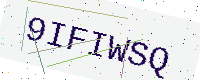
Text: 9IFIWSQ